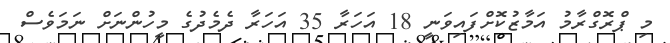
މި ޕްރޮގްރާމު އަމާޒުކޮށްފައިވަނީ 18 އަހަރާ 35 އަހަރާ ދެމެދުގެ މީހުންނަށް ނަމަވެސް